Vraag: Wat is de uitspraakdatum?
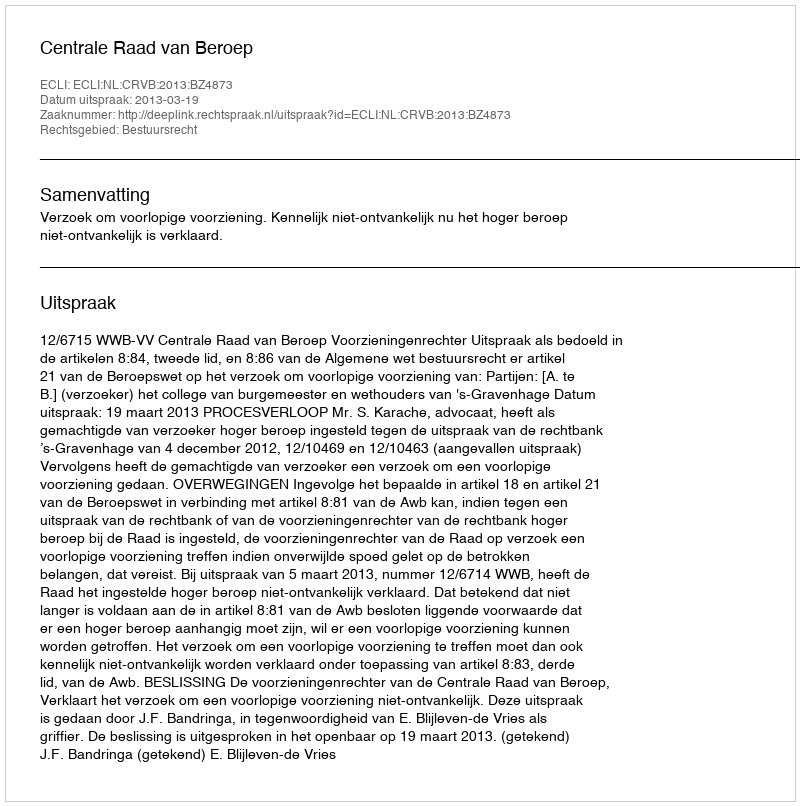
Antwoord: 2013-03-19